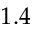
1 . 4